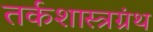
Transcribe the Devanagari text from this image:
तर्कशास्त्रग्रंथ